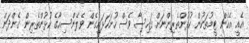
އެއީ އެހެން ޓީމުތަކުން ކުޅުންތެރިންނަށް ފައިސާ ވެސް ހުށަހަޅައިގެން ވެލެންސިއާގެ ކުޅުންތެރިން ގެންދަން